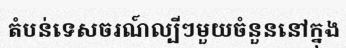
តំបន់ទេសចរណ៍ល្បីៗមួយចំនួននៅក្នុង